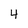
Character: 4